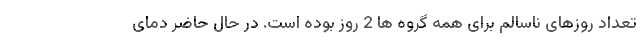
تعداد روزهای ناسالم برای همه گروه ها 2 روز بوده است. در حال حاضر دمای